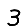
Digit: 3